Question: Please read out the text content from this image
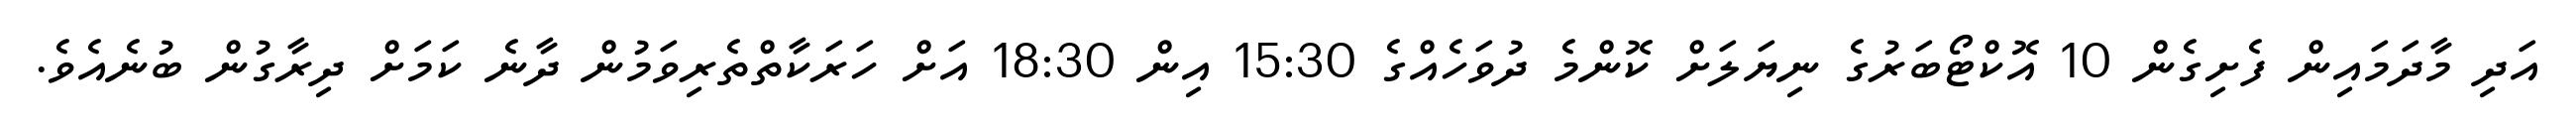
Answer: އަދި މާދަމައިން ފެށިގެން 10 އޮކްޓޯބަރުގެ ނިޔަލަށް ކޮންމެ ދުވަހެއްގެ 15:30 އިން 18:30 އަށް ހަރަކާތްތެރިވަމުން ދާނެ ކަމަށް ދިރާގުން ބުނެއެވެ.